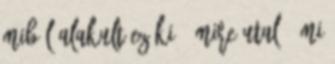
miből alakult ez ki , mire utal ? Mi